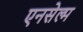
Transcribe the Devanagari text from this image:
एनसेल्म